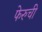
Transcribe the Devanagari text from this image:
फेरुची